King Institute of Preventive Medicine Micro-Biological Section reports 1909-11
Year: 1909
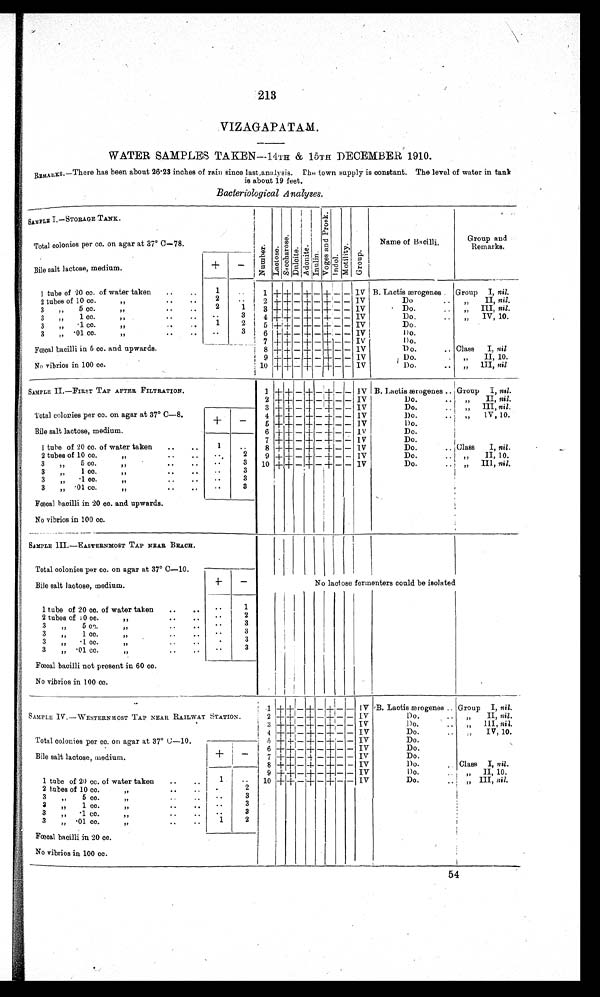
213
VIZAGAPATAM.
WATER SAMPLES TAKEN—14TH & 15TH DECEMBER 1910.
REMARKS.—There has been about 2623 inches of rain since last,analysis. The town supply is constant. The level of water in tank
is about 19 feet.
Bacteriological A nalyses
SAMPLE I .—STORAGE TANK.
N u m b e r . Lactose. Saccharose. Dul c i t e . Ad o n i t e .
I n u l i n .
V o g e s a n d P r o s k .
I ndol .
Mo t i l i t y .
Gr oup.
Name of Bacilli.
Group and
Remarks.
Total colonies per cc. on agar at 37° C—78.
Bile salt lactose, medium.
+
-
1 tube of 20 cc. of water taken
..
..
1
.
1
+
+ - + - + - - IV B. Lactis ærogenes . Group I, nil.
2 tubes of 10 cc.
2
2 + + - + - + - - IV
Do
.. „ II, n i l
.
3
5 cc.
. . ..
2
1
3 + + - + - + - - IV
Do.
III, nil.
3 „ 1 cc. ,, .. ..
..
3 4 + +
+ - + - +- - - IV
..
Do.
..
„
„ IV, 10.
3
,, .1 cc.
..
..
1
2
5 + + - + - + - - IV I
Do.
3
„ .01 cc.
,,.
..
3
6 + + - + - + - - IV
I)o.
7 + + -.—
+ - + - - IV
I)o.
Fœcal bacilli in 5 cc. and upwards.
No vibrios in 100 cc.
8 + + - + - + - - 1V
D o.
. . Class I, nil
9 + + - + - + - - IV
. Do.
.
'
„ II, 10.
10 + + - + - + - - I
Do.
. .
III nil
,,
SAMPLE II.—FIRST TAP AFTER FILTRATION.
1 + + - + - + -
-
IV B. Lactis æ rogenes .. Group I, nil.
2 + + - + - + - - IV
Do.
. . ,, II, nil.
Total colonies per cc. on agar at 37°C—8.
3 + + - + - + - - IV
Do.
. . )7 III, nil.
4 + + - + - + - - IV
I)o.
. . ,, 1V, 10.
Bile salt lactose, medium.
+
- 5 + + - + - + - - IV
Do.
6 + + - + - + - - Iv
Do.
1 tube of 20 cc. of water taken .. ..
1 ..
7 + + - + - + - - T V
Do.
8 + -I- - + - + - - IV
Do.
.. Class I, nil.
2 tubes of 10 cc.
, , .
.
. 2
9 + + - + - + - - IV
Do.
.. „ II, 10.
.
3
„
5 co.
3
10 + + - +
-
+ - -
IV
Do.
. ,, III, nil.
3 „ 1 cc. If . .
. .
. . 3
3
„
. 1 c c .
II .. . .
.
. 3
3
„
. 0 1 c c .
, ,
3
Fœcal bacilli in 20 cc. and upwards.
and upwards.
No vibrios in 100 cc.
SAMPLE III.—EASTERNMOST TAP NEAR BEACH.
Total colonies per cc. on agar at 37° C—10.
Bile salt lactose, medium.
+
—
No lactose fermenters could be isolated
1 tube of 20 cc. of water taken .. ..
.
. 1
2 tubes of
1 0 c c
. . .
. .
.
.
2
3
3
„
5 cc.
,,
..
..
.
.
3
3
„
1 co.
, ,
. .
..
.
.
3
3
„
.1 ec.
,,
3
3
„ .01 co.
..
..
.
.
Fœcal bacilli not present in 60 cc.
No vibrios in 100 cc.
SAMPLE iV.—WESTERNMOST TAP NEAR RAILWAY
STATION.
1 +
+ - + - + - - IV B. Lactis ærogenes .. Group I, nil.
2 + + - + - + - - IV
Do.
„
II, nil.
3 + + - + - + - - IV
1)o.
. . ,, III, nil.
Total colonies per cc. on agar at 37° C-10.
4 + + - + - + - - IV
Do.
IV, 10.
5 + + - + - + - - IV
Do.
Bile salt lactose, medium.
+
-
6 ++ + -- + - + - - IV
Do.
7 + + 4_1 - +- + - - IV
Do.
8 + + - + - + - - IV
1)o.
Class I, nil.
1 tube of 20 cc. of water taken .. ..
1
9 + + - + - + - - IV
Do.
. - ,, II , 10.
10
+
+ - +
-
— +
-
- IV
Do.
.
III nil
1 ,,
- .
2 tubes of 10 co.
2
3 „ 5 cc.,,
3
3 „ 1 cc.
„
..
..
.
. 3
3 „ .1 co.
3
3 „ .01 cc.,,.. . .
Fœoal bacilli in 20 cc.
No vibrios in 100 cc.
54